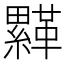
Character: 𩌺